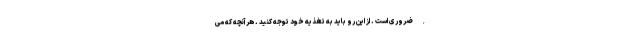
, ضروری است . از این رو باید به تغذیه خود توجه کنید . هر آنچه که می